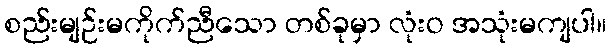
စည်းမျဉ်းမကိုက်ညီသော တစ်ခုမှာ လုံးဝ အသုံးမကျပါ။